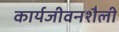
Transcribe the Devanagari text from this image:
कार्यजीवनशैली